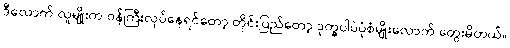
ဒီလောက် လူမျိုးက ဝန်ကြီးလုပ်နေရင်တော့ တိုင်းပြည်တော့ ဒုက္ခပါပဲပုံစံမျိုးလောက် တွေးမိတယ်။